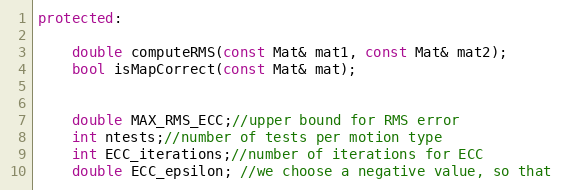
Language: C++
protected:

    double computeRMS(const Mat& mat1, const Mat& mat2);
    bool isMapCorrect(const Mat& mat);

    double MAX_RMS_ECC;//upper bound for RMS error
    int ntests;//number of tests per motion type
    int ECC_iterations;//number of iterations for ECC
    double ECC_epsilon; //we choose a negative value, so that